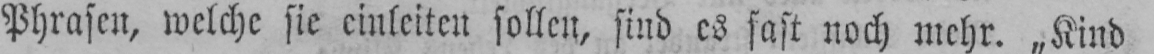
Phrasen, welche sie einleiten sollen, sind es fast noch mehr. „Kind